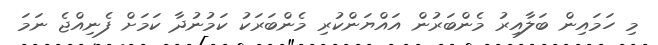
މި ހަމައިން ބަލާއިރު މެންބަރުން އައްޔަންކުރި މެންބަރަކު ކަމުނުދާ ކަމަށް ފެނިއްޖެ ނަމަ